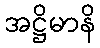
အဋ္ဌိမာနိ